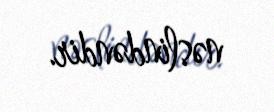
nəslindəndir.